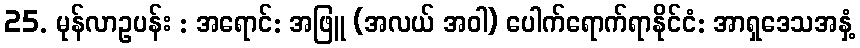
25. မုန်လာဥပန်း : အရောင်: အဖြူ (အလယ် အဝါ) ပေါက်ရောက်ရာနိုင်ငံ: အာရှဒေသအနှံ့